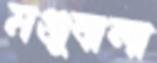
মঞ্জুবালা